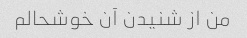
من از شنیدن آن خوشحالم